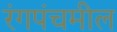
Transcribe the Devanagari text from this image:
रंगपंचमील